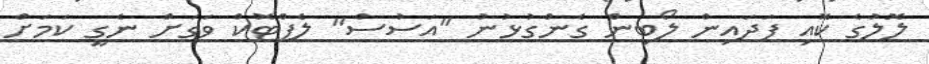
ލޮލުގެ ކޮއި ފަދައިން ލޯބިން ގެންގުޅުނު "އަސުސް" ލެޕްޓޮކް ވަގަށް ނެގީ ކަމަށް